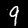
Digit: 9